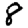
Digit: 8